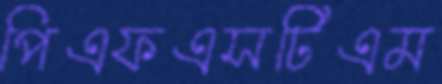
পিএফএসটিএম